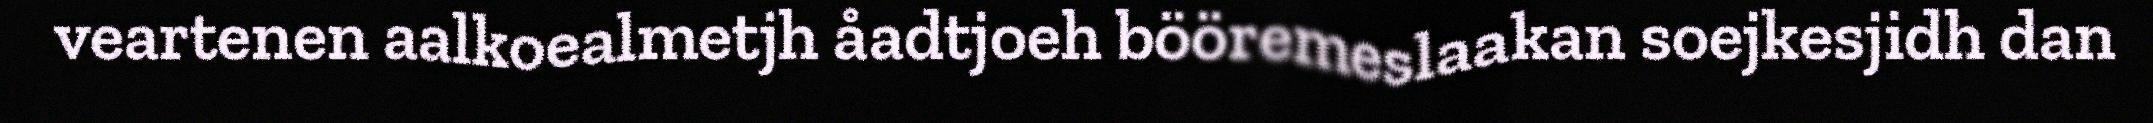
veartenen aalkoealmetjh åadtjoeh bööremeslaakan soejkesjidh dan